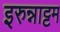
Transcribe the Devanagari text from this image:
इरुन्नाट्टम